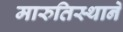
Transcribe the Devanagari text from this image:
मारुतिस्थानें